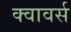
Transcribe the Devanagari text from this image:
क्वावर्स